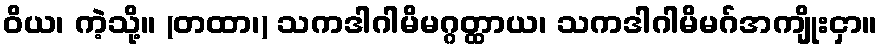
ဝိယ၊ ကဲ့သို့။ (တထာ၊) သကဒါဂါမိမဂ္ဂတ္ထာယ၊ သကဒါဂါမိမဂ်အကျိုးငှာ။